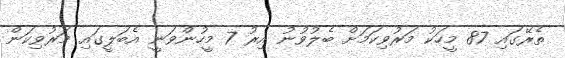
ތެރޭގައި 87 މީހަކު މަރުވިކަމަށް ބެލުވުނު އިރު 7 މީހުންވަނީ އެބަލީގައި މަރުވިކަން